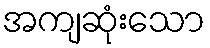
အကျဆုံးသော